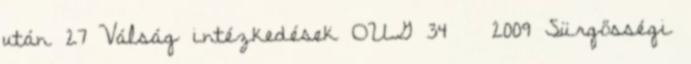
után 27 Válság intézkedések OUG 34 2009 Sürgősségi